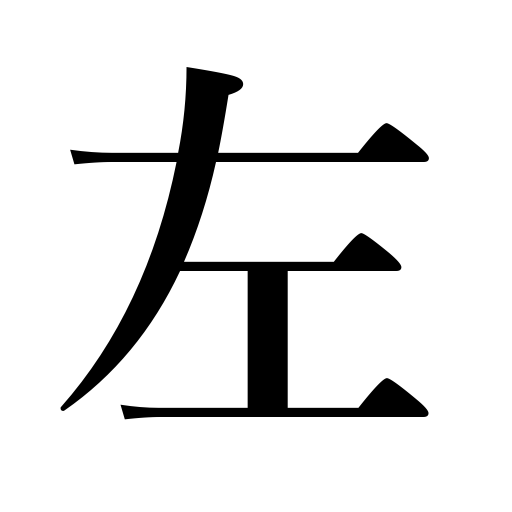
Meanings: the following,leftist,the left,left